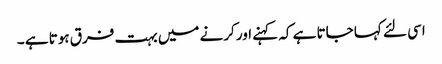
اسی لئے کہا جاتا ہے کہ کہنے اور کرنے میں بہت فرق ہوتا ہے ۔